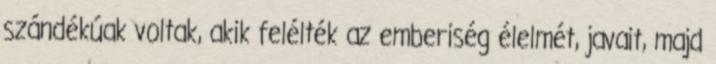
szándékúak voltak, akik felélték az emberiség élelmét, javait, majd